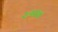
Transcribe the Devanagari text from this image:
रुपास